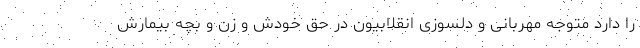
را دارد متوجه مهربانی و دلسوزی انقلابیون در حق خودش و زن و بچه بیمارش